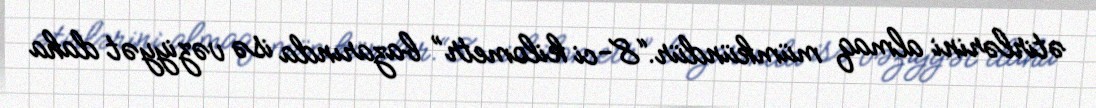
ətirlərini almaq mümkündür.“8-ci kilometr” bazarında isə vəziyyət daha